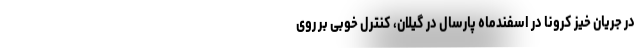
در جریان خیز کرونا در اسفندماه پارسال در گیلان، کنترل خوبی بر روی